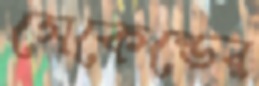
সেকেন্ডের